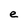
Character: e